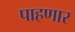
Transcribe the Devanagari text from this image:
पाहणार